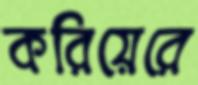
করিয়েরে